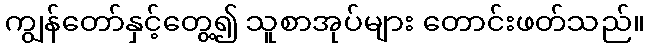
ကျွန်တော်နှင့်တွေ့၍ သူစာအုပ်များ တောင်းဖတ်သည်။